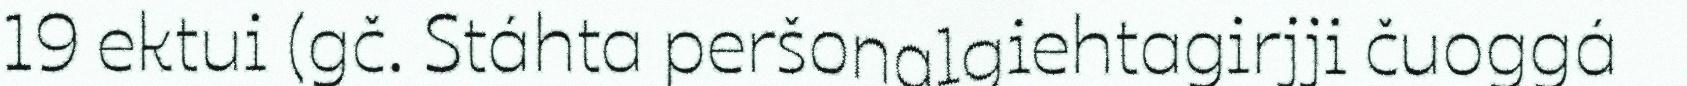
19 ektui (gč. Stáhta peršonalgiehtagirjji čuoggá